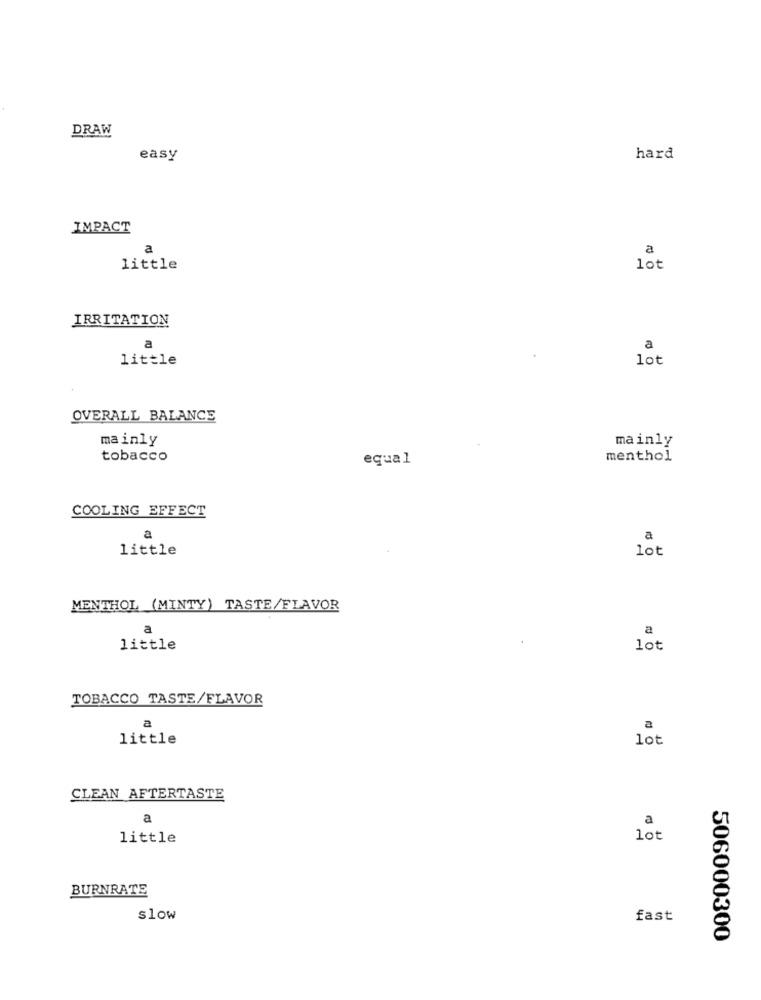
DRAW
easy
hard
IMPACT
a
a
little
lot
IRRITATION
a
a
little
lot
OVERALL BALANCE
mainly
mainly
tobacco
equal
menthol
COOLING EFFECT
a
a
little
lot
MENTHOL (MINTY) TASTE/FLAVOR
a
a
little
lot
TOBACCO TASTE/FLAVOR
a
little
lot
CLEAN AFTERTASTE
a
a
little
lot
BURNRATE
slow
fast
506000300